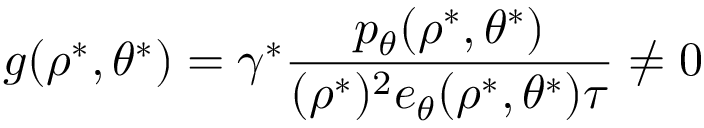
g ( \rho ^ { \ast } , \theta ^ { \ast } ) = \gamma ^ { \ast } \frac { p _ { \theta } ( \rho ^ { \ast } , \theta ^ { \ast } ) } { ( \rho ^ { \ast } ) ^ { 2 } e _ { \theta } ( \rho ^ { \ast } , \theta ^ { \ast } ) \tau } \neq 0